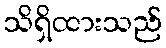
သိရှိထားသည်